Dysentery and liver abscess in Bombay - Number 47
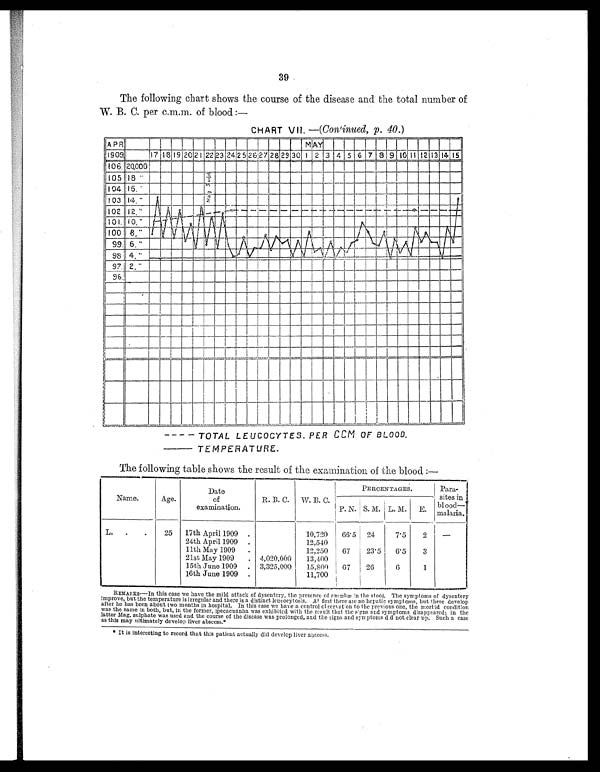
39
The following chart shows the course of the disease and the total number of
W. B. C. per c.m.m. of blood :—
CHART VII. —(Continued, p. 40.)
TOTAL LEUCOCYTES.PER CC
M OF BLOOD.
TEMPERATURE.
The following table shows the result of the examination of the blood :—
Name.
Age.
Date
of
examination.
R. B. C.
W. B. C.
PERCENTAGES
Para-
sites in
blood—
malaria.
P. N. S. M. L. M.
E.
L.
.
.
25
17th April 1909
.
10,720
66.5
24
7.5
2
—
24th April 1909
.
12,540
'
11th May 1909
.
12,250
67
23.5
6.5
3
21st May 1909
. 4,020,000
13,400
15th June 1909
.
3,325,000
15,800
67
26
6
1
16th June 1909 .
11,700
REMARKS—In this case we have the mild attack of dysentery, the presence of amœbæ in the stool. The symptoms of dysentery
improve, but the temperature is irregular and there is a distinct leucocytosis. At first there are no hepatic symptoms, but these develop
after he has been about two months in hospital. In this case we have a control observation to the previous one, the morbid condition
was the same in both, but, in the former, ipecacuanha was exhibited with the result that the signs and symptoms disappeared; in the
latter Mag. sulphate was used and the course of the disease was prolonged, and the signs and symptoms d.d not clear up. Such a case
as this may ultimately develop liver abscess.*
* It is interesting to record that this patient actually did develop liver abscess.